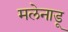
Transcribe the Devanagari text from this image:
मलेनाडू